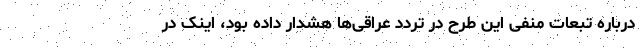
درباره تبعات منفی این طرح در تردد عراقی‌ها هشدار داده بود، اینک در